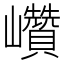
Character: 巑